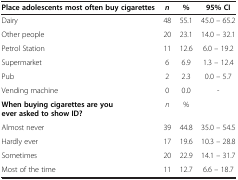
| Place adolescents most often buy cigarettes | n | % | 95% CI |
 | --- | --- | --- | --- |
 | Dairy | 48 | 55.1 | 45.0 – 65.2 |
 | Other people | 20 | 23.1 | 14.0 – 32.1 |
 | Petrol Station | 11 | 12.6 | 6.0 – 19.2 |
 | Supermarket | 6 | 6.9 | 1.3 – 12.4 |
 | Pub | 2 | 2.3 | 0.0 – 5.7 |
 | Vending machine | 0 | 0.0 | - |
 | When buying cigarettes are you ever asked to show ID? | n | % |  |
 | Almost never | 39 | 44.8 | 35.0 – 54.5 |
 | Hardly ever | 17 | 19.6 | 10.3 – 28.8 |
 | Sometimes | 20 | 22.9 | 14.1 – 31.7 |
 | Most of the time | 11 | 12.7 | 6.6 – 18.7 |